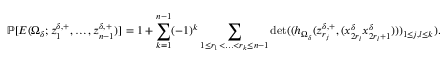
\mathbb { P } [ E ( \Omega _ { \delta } ; z _ { 1 } ^ { \delta , + } , \ldots , z _ { n - 1 } ^ { \delta , + } ) ] = 1 + \sum _ { k = 1 } ^ { n - 1 } ( - 1 ) ^ { k } \sum _ { 1 \le r _ { 1 } < \ldots < r _ { k } \le n - 1 } \operatorname* { d e t } ( ( h _ { \Omega _ { \delta } } ( z _ { r _ { j } } ^ { \delta , + } , ( x _ { 2 r _ { l } } ^ { \delta } x _ { 2 r _ { l } + 1 } ^ { \delta } ) ) ) _ { 1 \le j , l \le k } ) .